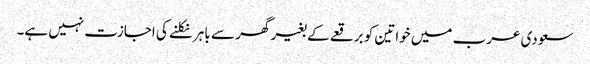
سعودی عرب میں خواتین کو برقعے کے بغیر گھر سے باہر نکلنے کی اجازت نہیں ہے۔